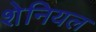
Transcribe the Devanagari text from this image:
शेनियल